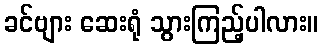
ခင်ဗျား ဆေးရုံ သွားကြည့်ပါလား။